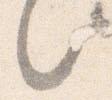
々